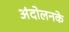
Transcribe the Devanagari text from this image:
अंदोलनके